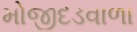
મોજીદડવાળા